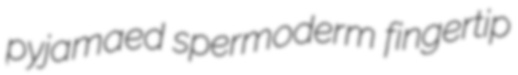
pyjamaed spermoderm fingertip